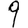
Digit: 9